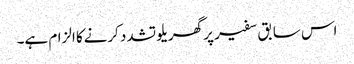
اس سابق سفیر پر گھریلو تشدد کرنےکا الزام ہے۔